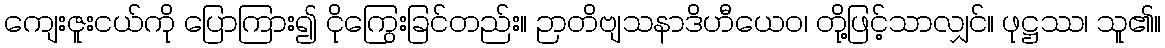
ကျေးဇူးငယ်ကို ပြောကြား၍ ငိုကြွေးခြင်တည်း။ ဉာတိဗျသနာဒိဟီယေဝ၊ တို့ဖြင့်သာလျှင်။ ဖုဋ္ဌဿ၊ သူ၏။